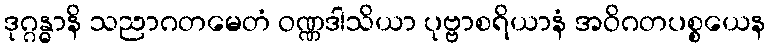
ဒုဂ္ဂန္ဓာနိ သညာဂတမေတံ ဝဏ္ဏဒါသိယာ ပုဗ္ဗာစရိယာနံ အဝိဂတပစ္စယေန